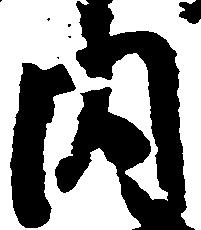
内